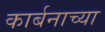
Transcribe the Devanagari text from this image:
कार्बनाच्या